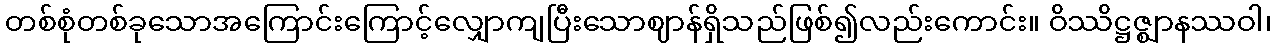
တစ်စုံတစ်ခုသောအကြောင်းကြောင့်လျှောကျပြီးသောဈာန်ရှိသည်ဖြစ်၍လည်းကောင်း။ ဝိဿိဋ္ဌဇ္ဈာနဿဝါ၊